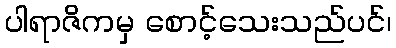
ပါရာဇိကမှ စောင့်သေးသည်ပင်၊